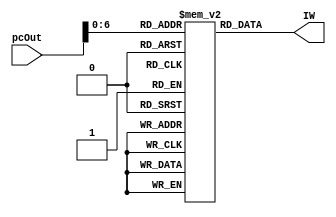
`timescale 1ns / 1ps
module Imem(
		output [31:0] IW,
		input[15:0] pcOut);
	
	reg [31:0] M[0:65/*535*/];
	
	assign IW = M[pcOut];
	initial
	begin
		M[0] = 32'b10000000001010000000000000110010;
		M[1] = 32'b10000101011100000000000000000000;
		M[2] = 32'b00000000001010000000000001100100;
		M[3] = 32'b10101001101010000000000000000001;
		M[4] = 32'b10001001101110000000000000000001;
		M[5] = 32'b11010010000000000000000000010100;
		//M[26] = 32'b01010000001110000000000000000000;
		M[26] = 32'b00000000001110000000000001100100;
	end
endmodule